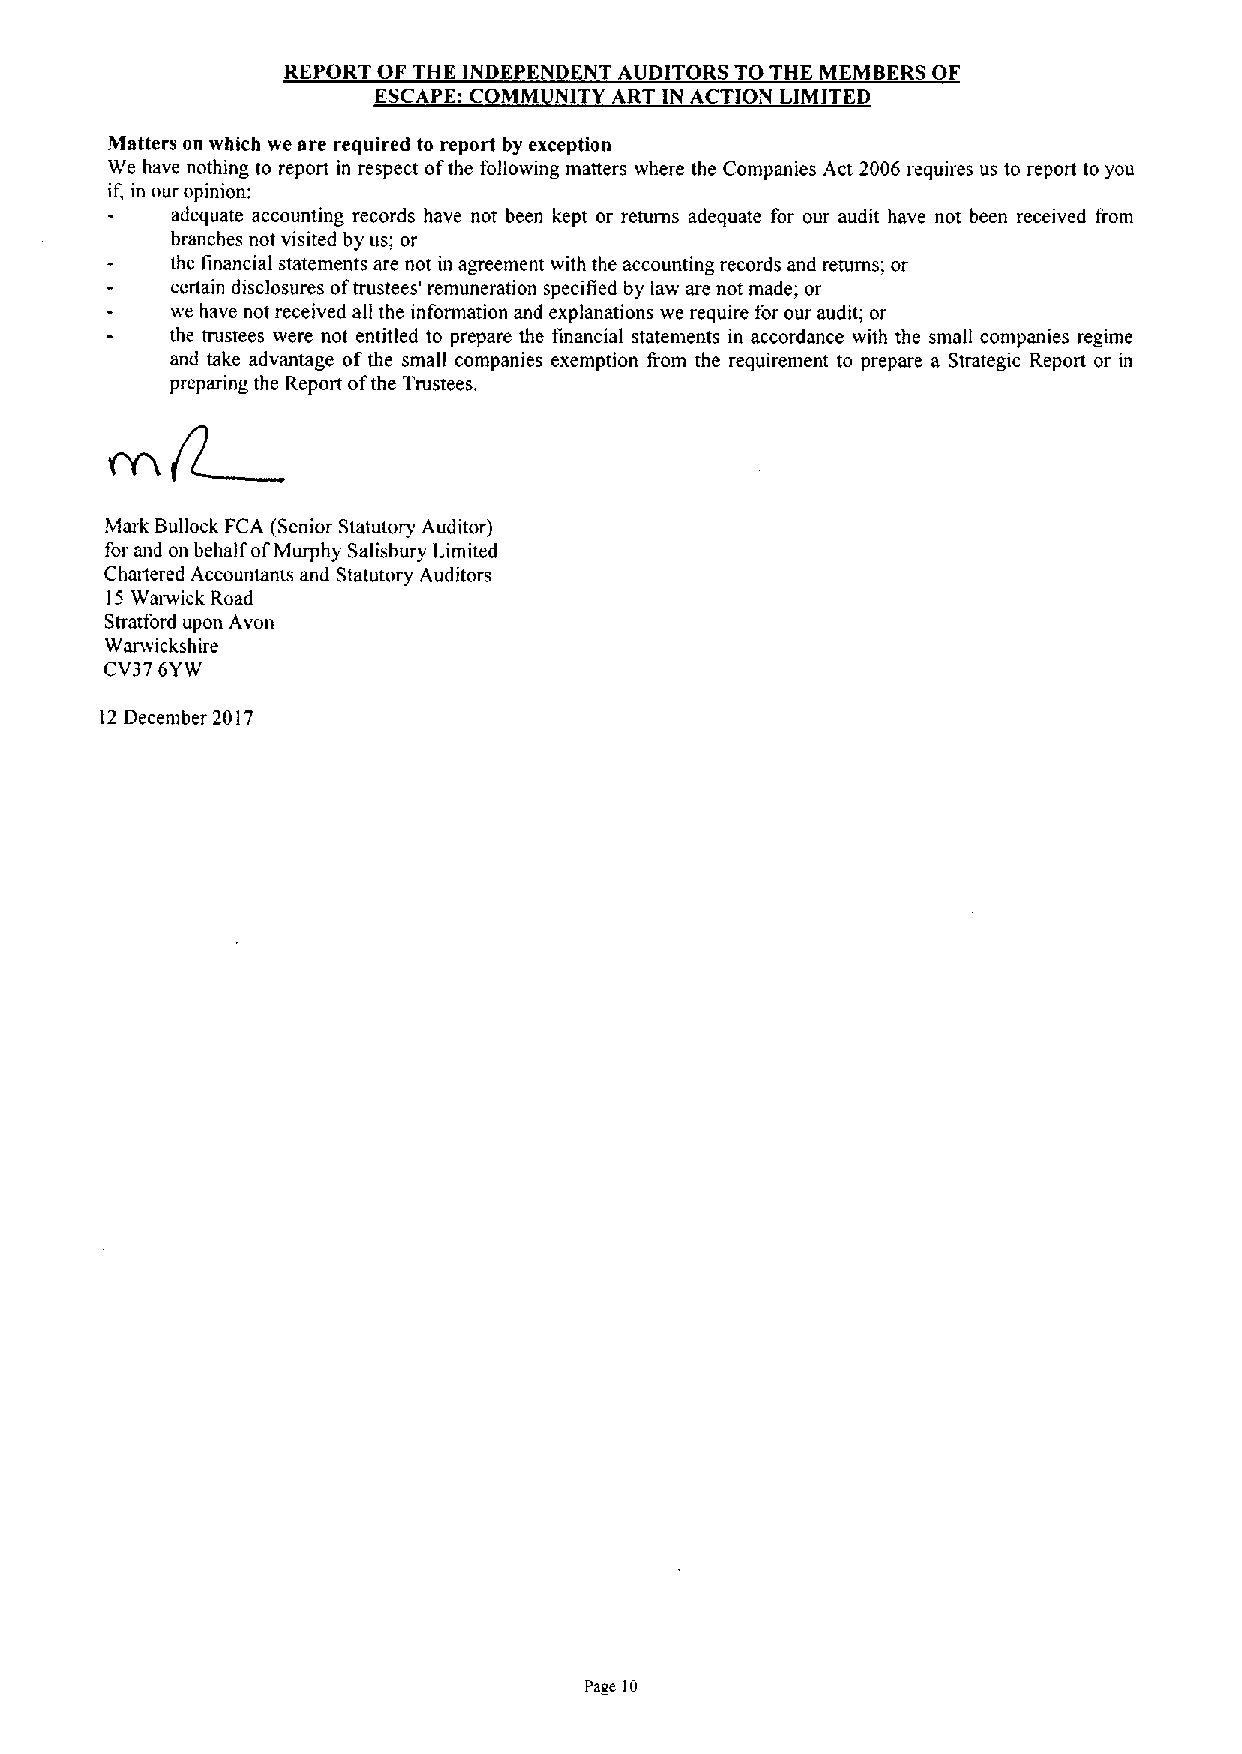
REPORT OF THE INDEP N ENT AUDITORS TO THE MEMBERS OF
 ESCAPE: C MM NITY ART IN ACTION LIMITED
 Matters on which we are required to report by exception
 We have nothing to report in respect ofthe following matters where the Companies Act 2006 requires us to report to you
 if, in our opinion;
 adequate accounting records have not been kept or returns adequate for our audit have not been received I'rom
 branches not visited by us; or
 the financial statements are not in agreement with the accounting records and returns; or
 certain disclosures oftrustees' remuneration specified by law are not made; or
 we have not received all the information and explanations we require for our audit; or
 the trustees were not entitled to prepare the financial statements in accordance with the small companies regime
 and take advantage ofthe small companies exemption from the requirement to prepare a Strategic Report or in
 preparing the Report ofthe Trustees.
 Mark Bullock FCA (Senior Statutory Auditor)
 for and on behalf ofMurphy Salisbury Limited
 Chartered Accountants and Statutory Auditors
 15Warwick Road
 Stratford upon Avon
 Warwickshire
 CV37 6YW
 12December 2017
 Page 10